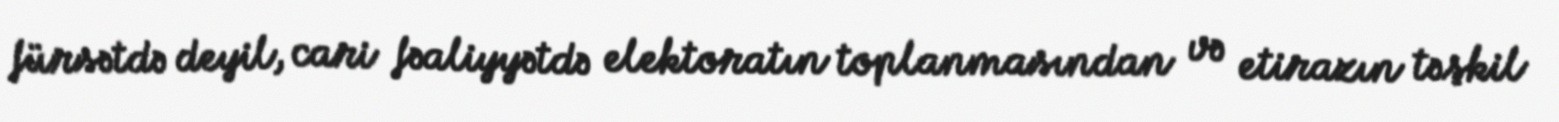
fürsətdə deyil, cari fəaliyyətdə elektoratın toplanmasından və etirazın təşkil